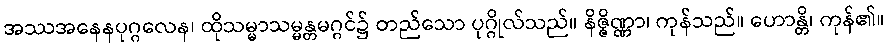
အဿအနေနပုဂ္ဂလေန၊ ထိုသမ္မာသမ္မန္တမဂ္ဂင်၌ တည်သော ပုဂ္ဂိုလ်သည်။ နိဇ္ဇိဏ္ဏာ၊ ကုန်သည်။ ဟောန္တိ၊ ကုန်၏။